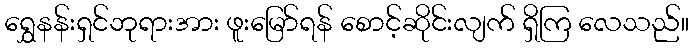
ရွှေနန်းရှင်ဘုရားအား ဖူးမြော်ရန် စောင့်ဆိုင်းလျက် ရှိကြ လေသည်။